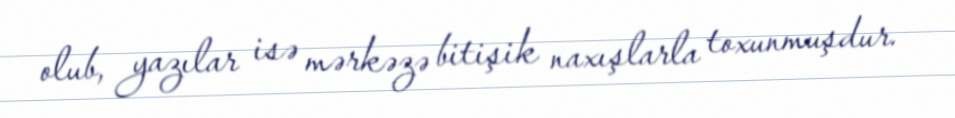
olub, yazılar isə mərkəzə bitişik naxışlarla toxunmuşdur.